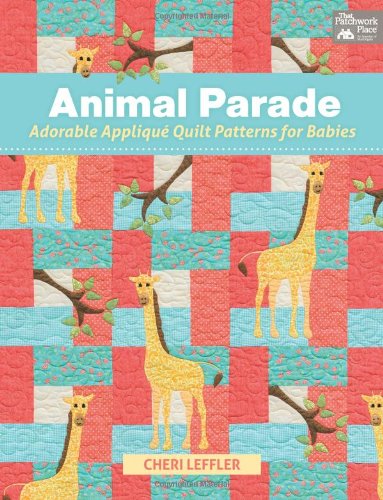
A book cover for Animal Parade: Adorable Applique Quilt Patterns for Babies; Cheri Leffler; Crafts, Hobbies & Home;